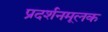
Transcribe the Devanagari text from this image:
प्रदर्शनमूलक